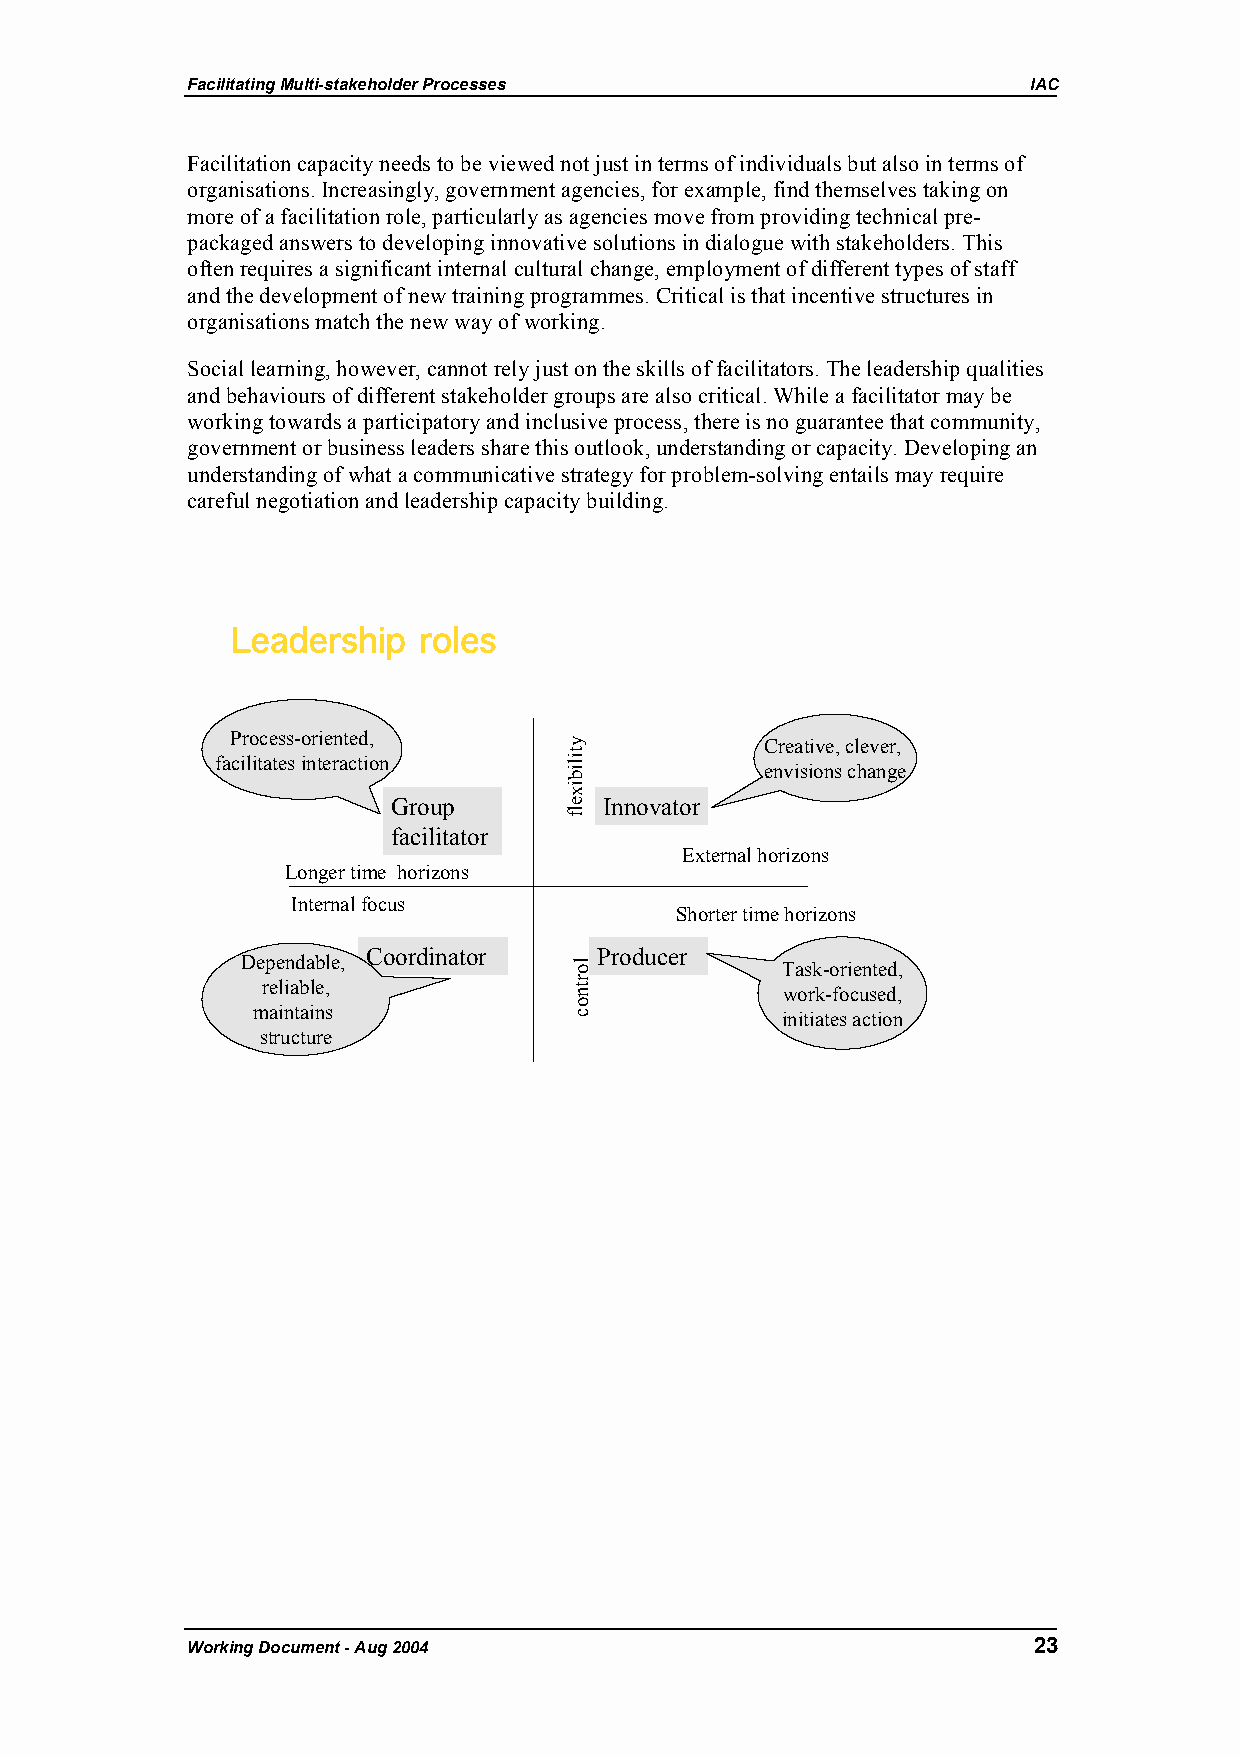
Facilitating Multi-stakeholder Processes                IAC
 Facilitation capacity needs to be viewed not just in terms of individuals but also in terms of
 organisations. Increasingly, government agencies, for example, find themselves taking on
 more of a facilitation role, particularly as agencies move from providing technical pre-
 packaged answers to developing innovative solutions in dialogue with stakeholders. This
 often requires a significant internal cultural change, employment of different types of staff
 and the development of new training programmes. Critical is that incentive structures in
 organisations match the new way of working.
 Social learning, however, cannot rely just on the skills of facilitators. The leadership qualities
 and behaviours of different stakeholder groups are also critical. While a facilitator may be
 working towards a participatory and inclusive process, there is no guarantee that community,
 government or business leaders share this outlook, understanding or capacity. Developing an
 understanding of what a communicative strategy for problem-solving entails may require
 careful negotiation and leadership capacity building.
 Leadership   roles
 Process-oriented,
 Creative, clever,
 facilitates interaction
 envisions change
 Group         Innovator
 facilitator
 External horizons
 Longer time horizons
 Internal focus
 Shorter time horizons
 Coordinator     Producer
 Dependable,                         Task-oriented,
 reliable,                          work-focused,
 maintains                          initiates action
 structure
 Working Document - Aug 2004                             23
 ytilibixelf
 lortnoc